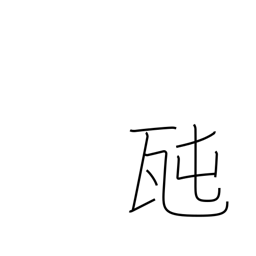
Meaning: tonne